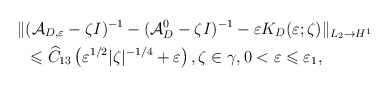
\begin{align*} \Vert &(\mathcal{A}_{D,\varepsilon}-\zeta I)^{-1}-(\mathcal{A}_D^0-\zeta I)^{-1}-\varepsilon K_D(\varepsilon ;\zeta )\Vert _{L_2\rightarrow H^1}\\ &\leqslant \widehat{C}_{13}\left(\varepsilon ^{1/2}\vert \zeta \vert ^{-1/4}+\varepsilon\right) , \zeta \in \gamma ,0<\varepsilon \leqslant\varepsilon _1, \end{align*}